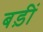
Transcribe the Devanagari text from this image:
बड़ीं